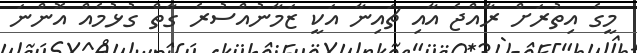
މީގެ އިތުރަށް ރާއްޖެ އާއި ޗައިނާ އަކީ ޒަމާނުއްސުރެ ގާތް ގުޅުމެއް އޮންނަ